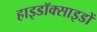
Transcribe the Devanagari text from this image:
हाइडॉक्साइडों